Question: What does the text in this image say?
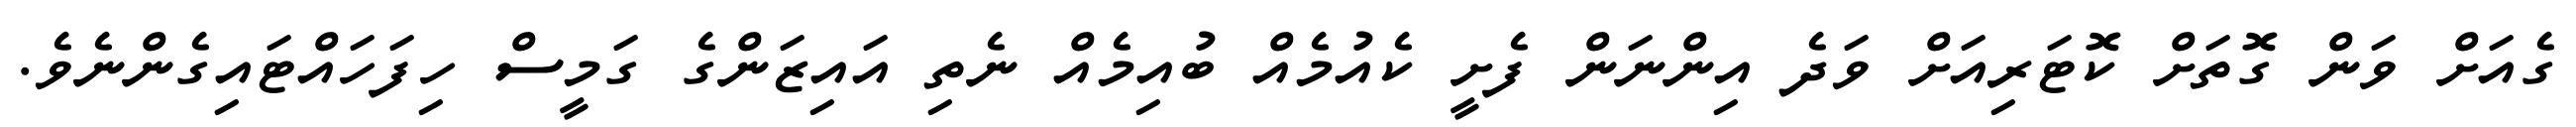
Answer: ގެއަށް ވަން ގޮތަށް ކޮޓަރިއަށް ވަދެ އިންނަން ފެށީ ކެއުމެއް ބުއިމެއް ނެތި އައިޒަންގެ ގަމީސް ހިފަހައްޓައިގެންނެވެ.